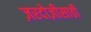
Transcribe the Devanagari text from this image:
ज़रदोज़ीसाठी